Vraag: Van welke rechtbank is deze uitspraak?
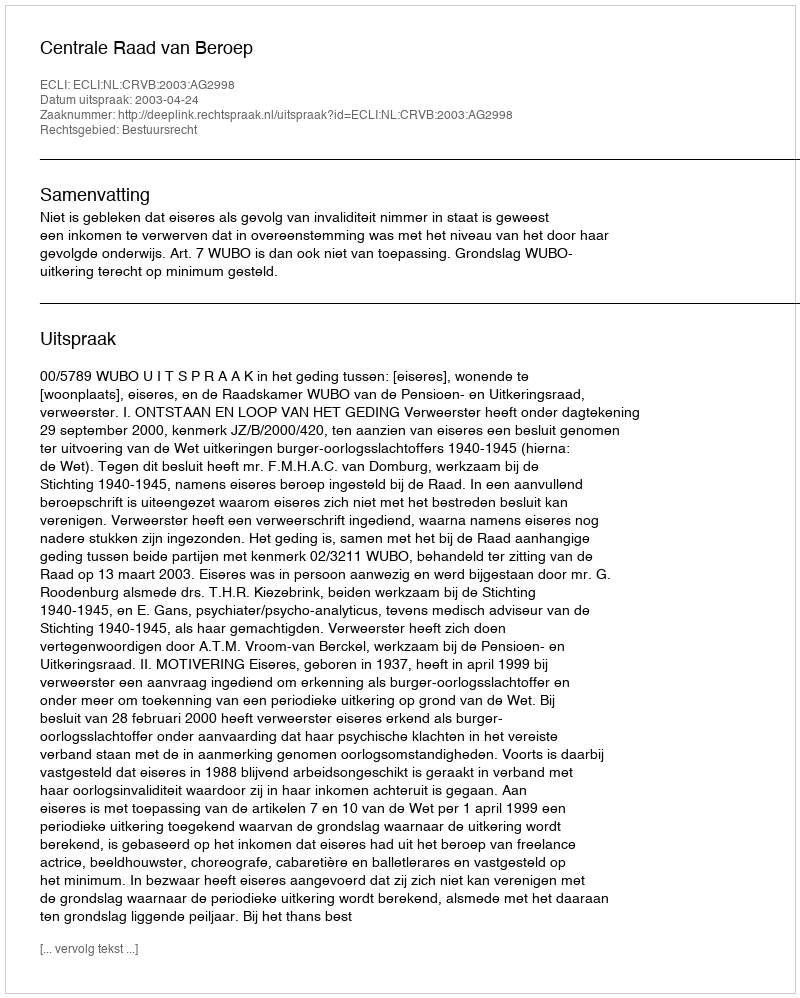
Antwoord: Centrale Raad van Beroep